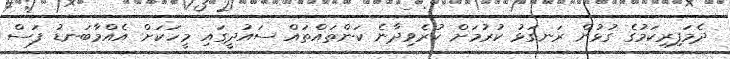
ދެމަފިރިކަމުގެ ގުޅުން ރަނގަޅު ކުރުމަށް ކުރެވިދާނެ ކަންތައްތައް ސައުދީގައި މީހަކަށް އެއްމާބަނޑު ފަސް